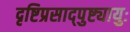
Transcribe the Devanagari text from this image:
दृष्टिप्रसाद्पुष्ट्यायुः